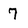
Character: 7